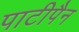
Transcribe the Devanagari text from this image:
पाटीपैन